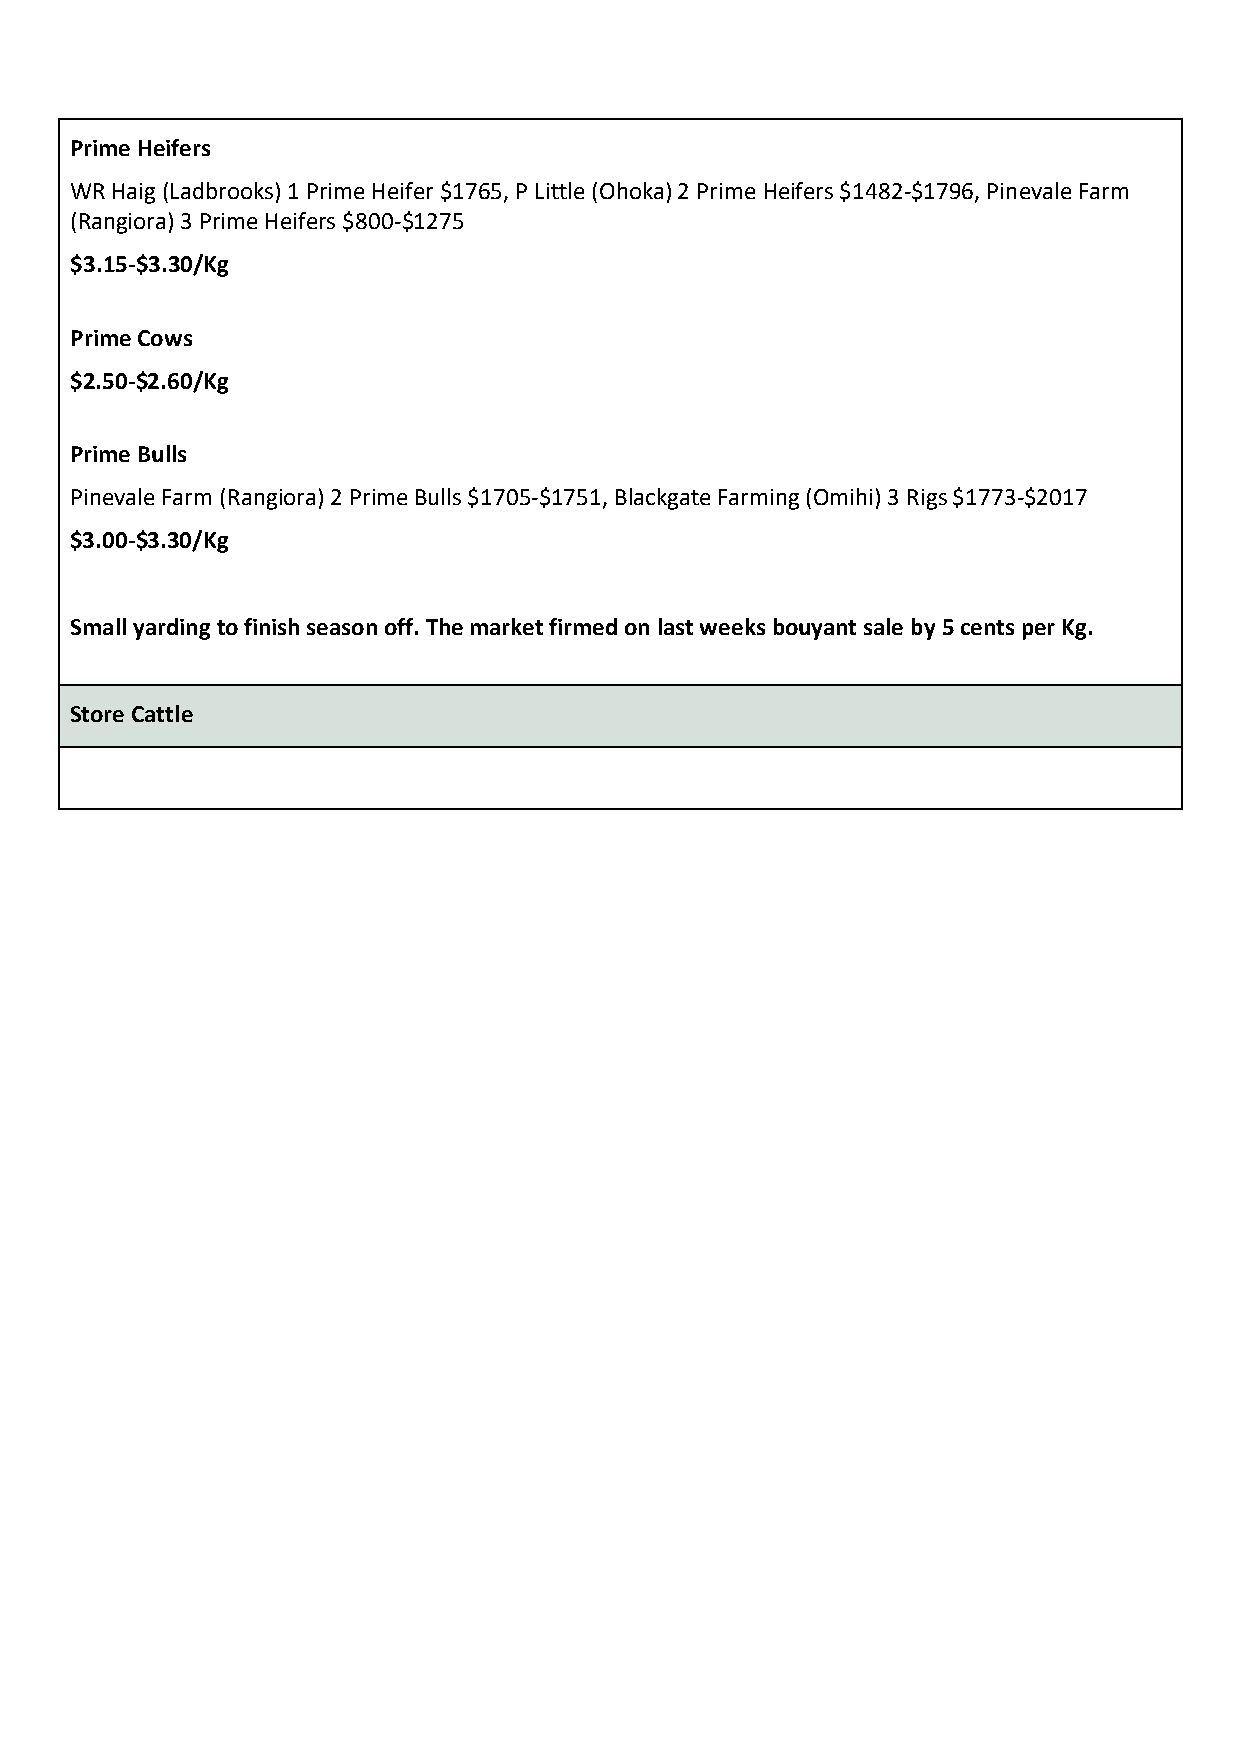
Prime Heifers
 WR Haig (Ladbrooks) 1 Prime Heifer $1765, P Little (Ohoka) 2 Prime Heifers $1482-$1796, Pinevale Farm
 (Rangiora) 3 Prime Heifers $800-$1275
 $3.15-$3.30/Kg
 Prime Cows
 $2.50-$2.60/Kg
 Prime Bulls
 Pinevale Farm (Rangiora) 2 Prime Bulls $1705-$1751, Blackgate Farming (Omihi) 3 Rigs $1773-$2017
 $3.00-$3.30/Kg
 Small yarding to finish season off. The market firmed on last weeks bouyant sale by 5 cents per Kg.
 Store Cattle